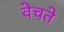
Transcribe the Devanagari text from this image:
वेचते